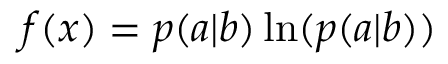
f ( x ) = p ( a | b ) \ln ( p ( a | b ) )